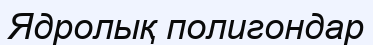
Ядролық полигондар